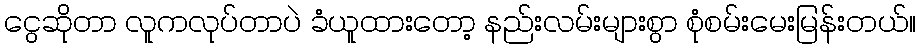
ငွေဆိုတာ လူကလုပ်တာပဲ ခံယူထားတော့ နည်းလမ်းများစွာ စုံစမ်းမေးမြန်းတယ်။